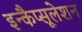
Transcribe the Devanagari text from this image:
इन्कैप्सूलेशन